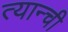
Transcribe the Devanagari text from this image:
त्यान्ची